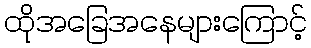
ထိုအခြေအနေများကြောင့်